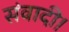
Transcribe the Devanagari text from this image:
संवादी।